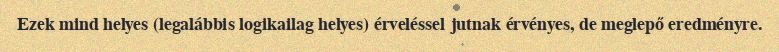
Ezek mind helyes (legalábbis logikailag helyes) érveléssel jutnak érvényes, de meglepő eredményre.